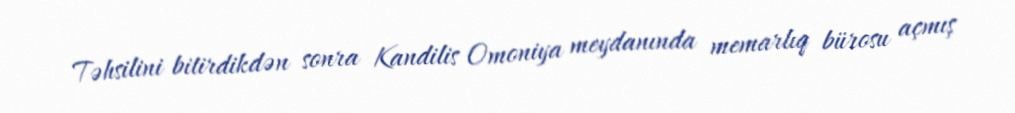
Təhsilini bitirdikdən sonra Kandilis Omoniya meydanında memarlıq bürosu açmış